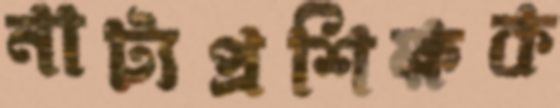
নাট্যপ্রশিক্ষক